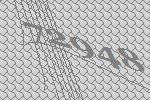
72948